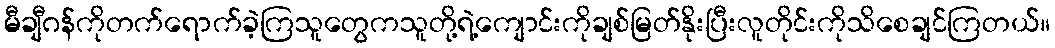
မီချီဂန်ကိုတက်ရောက်ခဲ့ကြသူတွေကသူတို့ရဲ့ကျောင်းကိုချစ်မြတ်နိုးပြီးလူတိုင်းကိုသိစေချင်ကြတယ်။